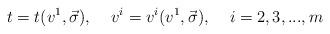
LaTeX: \begin{align*}t=t(v^1,\vec \sigma ),\;\;\;\;v^i=v^i(v^1,\vec \sigma),\;\;\;\;i=2,3,...,m\end{align*}